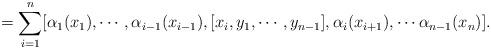
LaTeX: \begin{align*}=\sum_{i=1}^n [\alpha_1(x_1), \cdots, \alpha_{i-1}(x_{i-1}), [x_i, y_1, \cdots, y_{n-1}], \alpha_i(x_{i+1}), \cdots \alpha_{n-1}(x_n)].\end{align*}